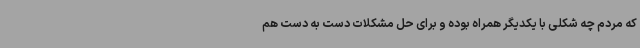
که مردم چه شکلی با یکدیگر همراه بوده و برای حل مشکلات دست به دست هم